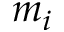
m _ { i }